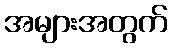
အများအတွက်